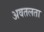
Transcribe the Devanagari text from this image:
अवतलता